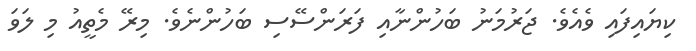
ކިޔައިފައި ވެއެވެ. ޖަރުމަނު ބަހުންނާއި ފަރަންސޭސި ބަހުންނެވެ. މިރޭ މެތީއު މި ލަވަ